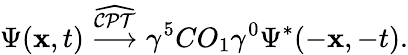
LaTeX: \Psi({\mathbf x},t)\stackrel{\widehat{\cal CPT}}\longrightarrow\gamma^{5}CO_{1}\gamma^{0}\Psi^{*}(-{\mathbf x},-t).